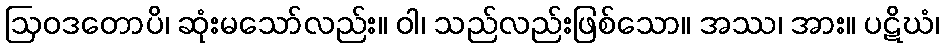
ဩဝဒတောပိ၊ ဆုံးမသော်လည်း။ ဝါ၊ သည်လည်းဖြစ်သော။ အဿ၊ အား။ ပဋိဃံ၊